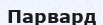
Парвард